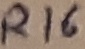
Text: R16